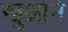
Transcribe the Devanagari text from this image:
खुश्रोने